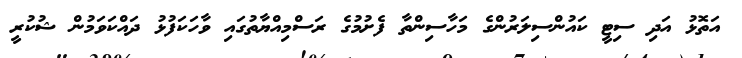
އަތޮޅު އަދި ސިޓީ ކައުންސިލަރުންގެ މަހާސިންތާ ފެށުމުގެ ރަސްމިއްޔާތުގައި ވާހަކަފުޅު ދައްކަވަމުން ޝުކުރީ